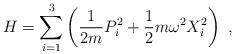
LaTeX: \begin{align*} H = \sum_{i=1}^3\left(\dfrac{1}{2m} P_i^2 + \dfrac{1}{2}m\omega^2 X_i^2\right) \ , \end{align*}